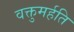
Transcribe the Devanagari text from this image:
वक्तुमर्हति